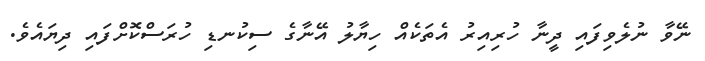
ނޭވާ ނުލެވިފައި ދީނާ ހުރިއިރު އެތަކެއް ހިޔާލު އޭނާގެ ސިކުނޑި ހުރަސްކޮށްފައި ދިޔައެވެ.